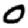
Digit: 0